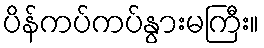
ပိန်ကပ်ကပ်နွားမကြီး။